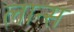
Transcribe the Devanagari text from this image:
लान्‍स